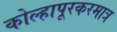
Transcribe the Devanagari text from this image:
कोल्हापूरकरमात्र